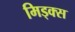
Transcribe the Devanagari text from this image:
मिड्क्स